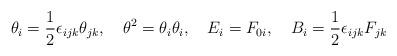
LaTeX: \begin{align*}\theta_{i} = \frac{1}{2}\epsilon_{ijk}\theta_{jk},\quad \theta^{2} =\theta_{i}\theta_{i},\quad E_{i} = F_{0i},\quad B_{i} =\frac{1}{2}\epsilon_{ijk} F_{jk}\end{align*}